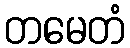
တမေတံ